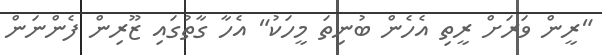
"ރީން ވަރަށް ރީތި އެހެން ބުނިތަ މީހަކު" އެހާ ގާތުގައި ޒޫރިން ފެންނަން